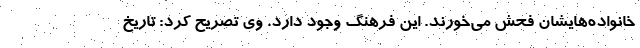
خانواده‌هایشان فحش می‌خورند. این فرهنگ وجود دارد. وی تصریح کرد: تاریخ